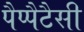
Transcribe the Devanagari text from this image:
पैप्पैटैसी